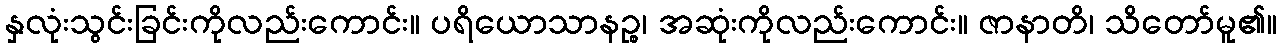
နှလုံးသွင်းခြင်းကိုလည်းကောင်း။ ပရိယောသာနဉ္စ၊ အဆုံးကိုလည်းကောင်း။ ဇာနာတိ၊ သိတော်မူ၏။